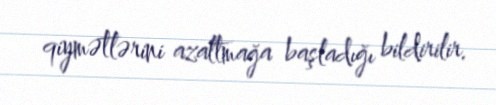
qiymətlərini azaltmağa başladığı bildirilir.